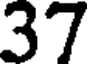
37